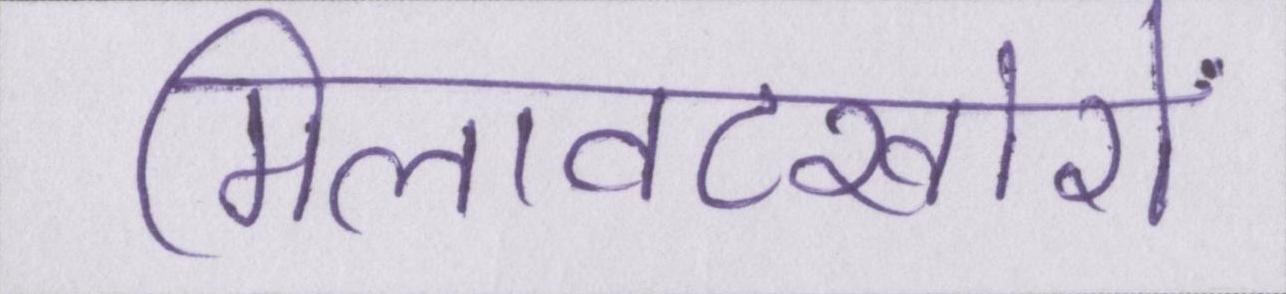
मिलावटखोरों